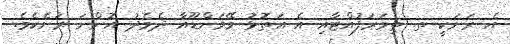
އެ ރަށަކީ ތ. ތިމަރަފުއްޓާއި އެ އަތޮޅު ވޭމަންޑޫއާ ދެމެދު އޮންނަ ރަށެކެވެ.